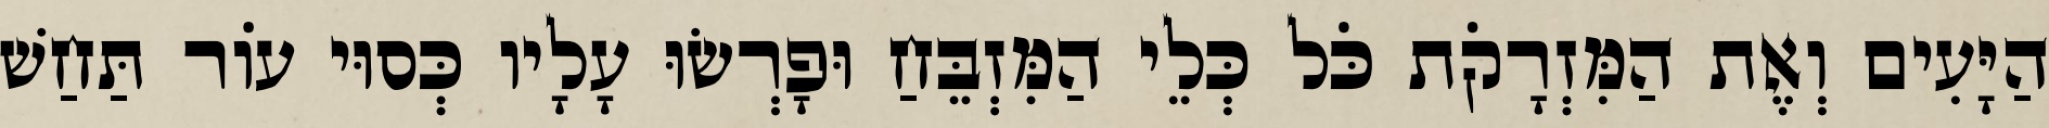
הַיָּעִים וְאֶת הַמִּזְרָקֹת כֹּל כְּלֵי הַמִּזְבֵּחַ וּפָרְשׂוּ עָלָיו כְּסוּי עוֹר תַּחַשׁ